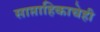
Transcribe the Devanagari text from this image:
साप्ताहिकाचेही